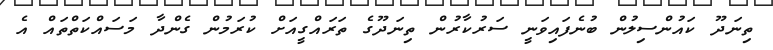
ތިނަދޫ ކައުންސިލުން ބުނެފައިވަނީ ސަރުކާރުން ތިނަދޫގެ ތަރައްގީއަށް ކުރަމުން ގެންދާ މަސައްކަތްތައް އެ